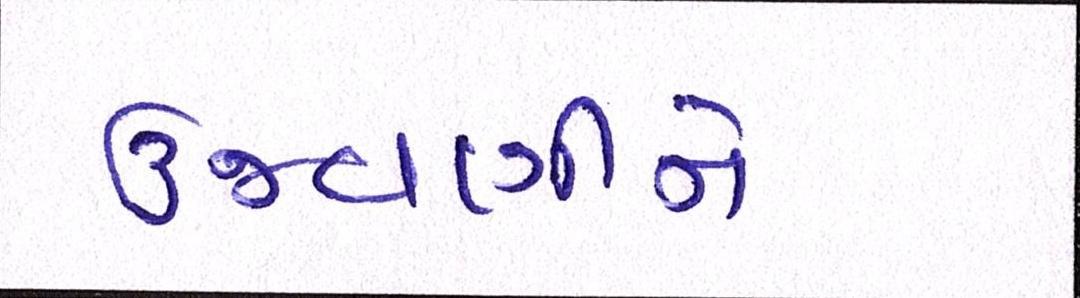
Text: ઉજવણીને